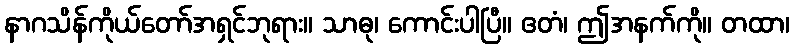
နာဂသိန်ကိုယ်တော်အရှင်ဘုရား။ သာဓု၊ ကောင်းပါပြီ။ ဧတံ၊ ဤအနက်ကို။ တထာ၊